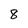
Character: 8